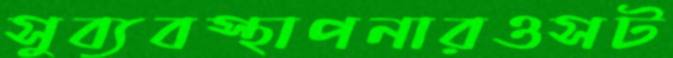
সুব্যবস্থাপনারওসট